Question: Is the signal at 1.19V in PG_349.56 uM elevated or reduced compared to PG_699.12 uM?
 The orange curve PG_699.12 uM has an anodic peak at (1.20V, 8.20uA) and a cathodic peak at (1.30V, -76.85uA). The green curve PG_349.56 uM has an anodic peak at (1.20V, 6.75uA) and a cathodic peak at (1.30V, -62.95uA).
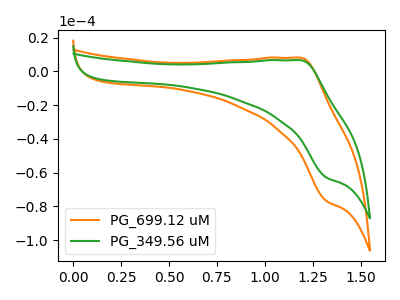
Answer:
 <answer>The peak at 1.19V is lower in "PG_349.56 uM" than in "PG_699.12 uM".</answer>
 <eval>lower</eval>